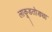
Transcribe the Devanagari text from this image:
लाकूडतोड्या